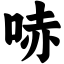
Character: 哧